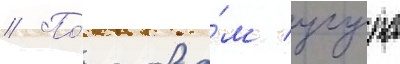
// По́ слова́м угура